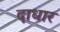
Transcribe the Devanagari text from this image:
दाधार